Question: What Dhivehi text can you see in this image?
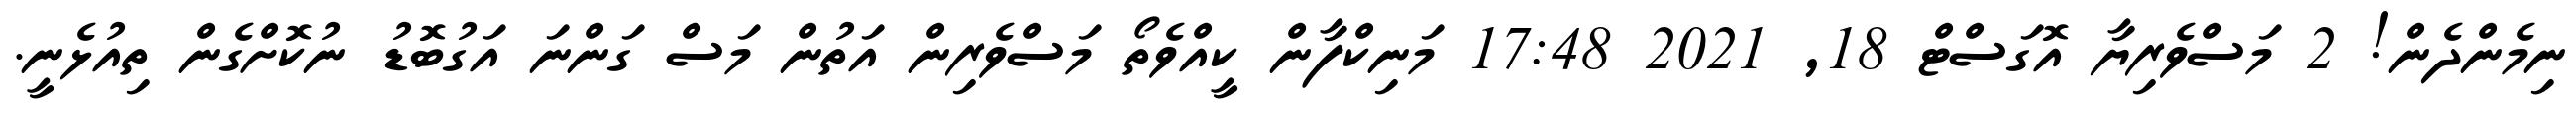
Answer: ނިމެންދެން! 2 މަސްވެރިޔާ އޮގަސްޓް 18, 2021 17:48 މަނިކްފާން ކީއްވެތޯ މަސްވެރިން އަތުން މަސް ގަންނަ އަގުބޮޑު ނުކޮށްގެން ތިއުޅެނީ.